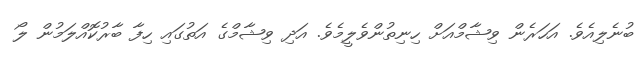
ބުނެލިއެވެ. އަހަރެން ވިޝާމްއަށް ހިނިތުންވެލީމެވެ. އަދި ވިޝާމްގެ އަތުގައި ހިފާ ބާރުކޮއްލަމުން ލޯ